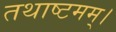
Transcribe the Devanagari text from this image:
तथाष्टमम्।